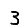
Digit: 3